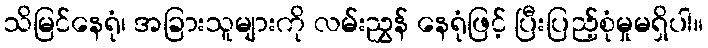
သိမြင်နေရုံ၊ အခြားသူများကို လမ်းညွှန် နေရုံဖြင့် ပြီးပြည့်စုံမှုမရှိပါ။